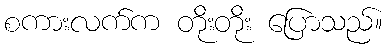
စကားလက်က တိုးတိုး ပြောသည်။